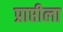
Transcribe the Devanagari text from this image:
प्राप्तीला